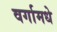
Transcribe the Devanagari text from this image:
वर्गामधे